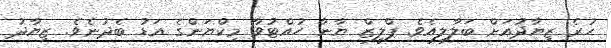
ހުރެ ޒިޔާދުއަށް ބަލާލިއެވެ. ޕްލީޒް ޔާނާ ހުއްޓުވާ މިކްޔަންގެ އަޑު ބެދުނެވެ. ޒިޔާދު